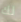
لك